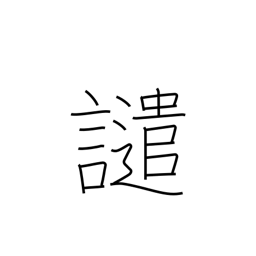
Meaning: reproach